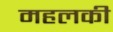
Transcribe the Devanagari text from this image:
महलकी